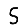
Digit: 5